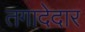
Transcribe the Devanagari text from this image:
तगादेदार